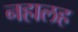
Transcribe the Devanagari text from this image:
नहालह